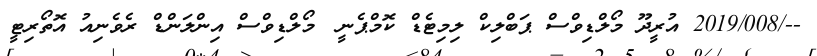
--/2019/008 އުރީދޫ މޯލްޑިވްސް ޕަބްލިކް ލިމިޓެޑް ކޮމްޕެނީ	 މޯލްޑިވްސް އިންލަންޑް ރެވެނިއު އޮތޯރިޓީ